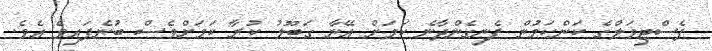
ފެސްޓިވަލްގެ ކަންކަމުން ފެނިގެންދާނެ ކަމަށް އޭނާ ގަބޫލު ކުރާ ކަމަށްވެސް ބުނެފައިވެ އެވެ.